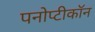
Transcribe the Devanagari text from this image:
पनोप्टीकॉन